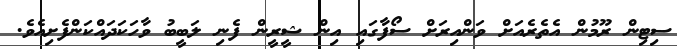
ސިޓިން ރޫމުން އެތެރެއަށް ވަންއިރަށް ސޯފާގައި އިން ޝީރީން ފެނި ލަބީބު ވާހަކަދައްކަންފެށިއެވެ.